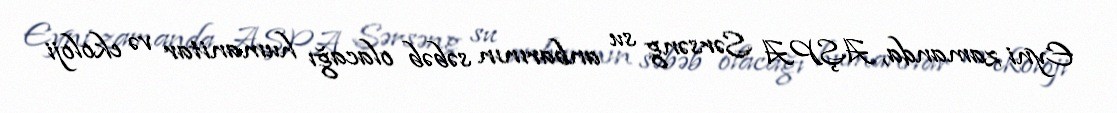
Eyni zamanda, AŞPA Sərsəng su anbarının səbəb olacağı humanitar və ekoloji